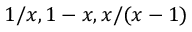
1 / x , 1 - x , x / ( x - 1 )